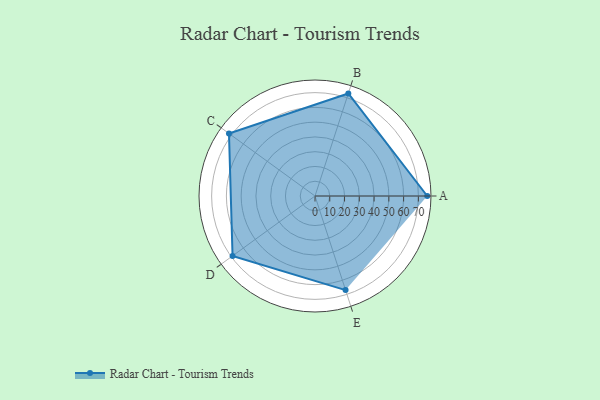
{"axis": {"x": "Skill", "y": "Score"}, "legend": ["Profile"], "data": [{"x": "A", "y": 76.0, "type": "Profile"}, {"x": "B", "y": 73.0, "type": "Profile"}, {"x": "C", "y": 72.0, "type": "Profile"}, {"x": "D", "y": 69.0, "type": "Profile"}, {"x": "E", "y": 67.0, "type": "Profile"}]}